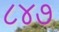
૮૪૭